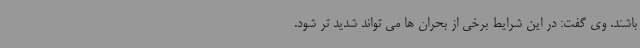
باشند. وی گفت: در این شرایط برخی از بحران ها می تواند شدید تر شود.